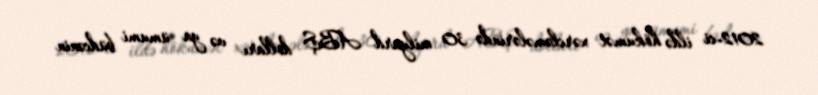
2012-ci ildə hökumət xərcləmələrində 30 milyard ABŞ dolları və ya ümumi büdcənin